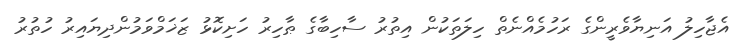
އެޖާހިލު އަނިޔާވެރީންގެ ރަހުމެއްނެތް ހިލަތަކުން އިތުރު ސާހިބާގެ ޠާހިރު ހަށިކޮޅު ޒަޚަމްވަމުންދިޔައިރު ހުތުރު